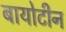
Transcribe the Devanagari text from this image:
बायोटीन